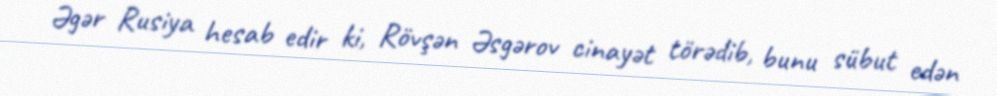
Əgər Rusiya hesab edir ki, Rövşən Əsgərov cinayət törədib, bunu sübut edən